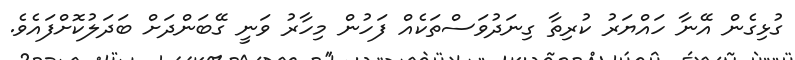
ގުޅިގެން އޭނާ ހައްޔަރު ކުރިތާ ގިނަދުވަސްތަކެއް ފަހުން މިހާރު ވަނީ ގޭބަންދަށް ބަދަލުކޮށްފައެވެ.